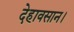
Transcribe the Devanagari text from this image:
देहावसान।